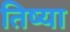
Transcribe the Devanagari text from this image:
तिष्या